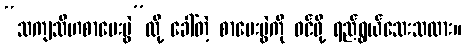
“သကျသီဟစာမေးပွဲ”လို့ ခေါ်တဲ့ စာမေးပွဲကို ဝင်ဖို့ ရည်ရွယ်သေးသလား။